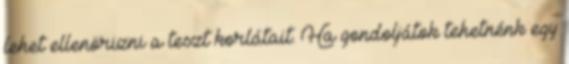
lehet ellenörizni a teszt korlátait. Ha gondoljátok tehetnénk egy